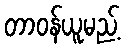
တာဝန်ယူမည့်